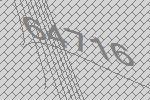
64716